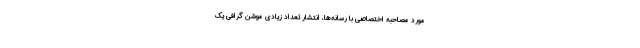
مورد مصاحبه اختصاصی با رسانه‌ها، انتشار تعداد زیادی موشن گرافی یک